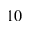
1 0